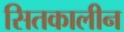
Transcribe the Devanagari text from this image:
सितकालीन